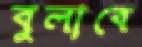
বুলাবে